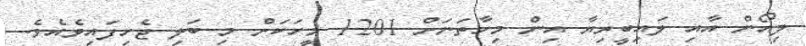
ލިއޯން އާއި ލައިބީރިޔާ އިން މިހާތަނަށް 1201 މީހަކަށް މި ބަލި ޖެހިފައިވެއެވެ.